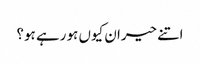
اتنے حیران کیوں ہو رہے ہو؟